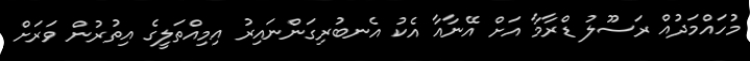
މުހައްމަދުއް ރަސޫލު ޑްރާމާ އަށް އޭނާއާ އެކު އެނބުރިގަންނައިރު އިމިއްތަލީގެ އިތުރުން ވަރަށް